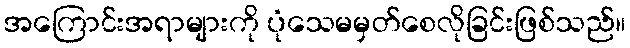
အကြောင်းအရာများကို ပုံသေမမှတ်စေလိုခြင်းဖြစ်သည်။